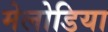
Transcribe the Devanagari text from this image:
मेलोडिया